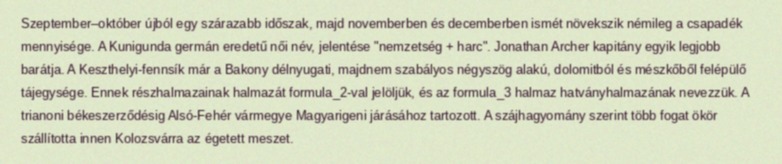
Szeptember–október újból egy szárazabb időszak, majd novemberben és decemberben ismét növekszik némileg a csapadék mennyisége. A Kunigunda germán eredetű női név, jelentése "nemzetség + harc". Jonathan Archer kapitány egyik legjobb barátja. A Keszthelyi-fennsík már a Bakony délnyugati, majdnem szabályos négyszög alakú, dolomitból és mészkőből felépülő tájegysége. Ennek részhalmazainak halmazát formula_2-val jelöljük, és az formula_3 halmaz hatványhalmazának nevezzük. A trianoni békeszerződésig Alsó-Fehér vármegye Magyarigeni járásához tartozott. A szájhagyomány szerint több fogat ökör szállította innen Kolozsvárra az égetett meszet.